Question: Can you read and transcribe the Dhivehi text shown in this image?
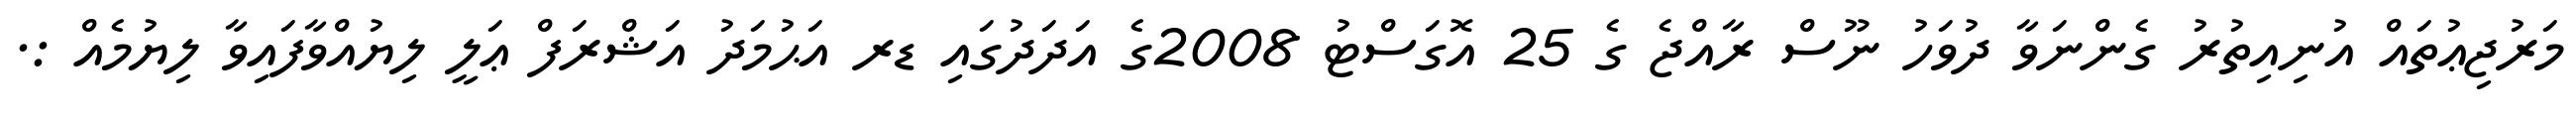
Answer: މަރުޖިޢުތައް އުނިއިތުރު ގެންނަވާ ދުވަހު ނޫސް ރާއްޖެ ގެ 25 އޮގަސްޓު 2008ގެ އަދަދުގައި ޑރ އަޙުމަދު އަޝްރަފް ޢަލީ ލިޔުއްވާފައިވާ ލިޔުމެއް :.